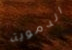
الدموية